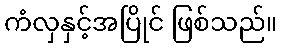
ကံလှနှင့်အပြိုင် ဖြစ်သည်။